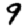
Digit: 9